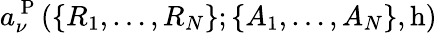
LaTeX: a_{\nu}^{\mathrm{~P~}}(\lbrace R_{1},\ldots,R_{N}\rbrace;\lbrace A_{1},\ldots,A_{N}\rbrace,\textrm{h})